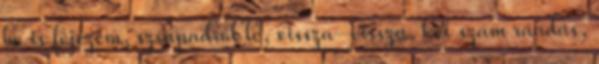
be is fejezem, színpadról le, vissza-vissza, két szám ráadás,